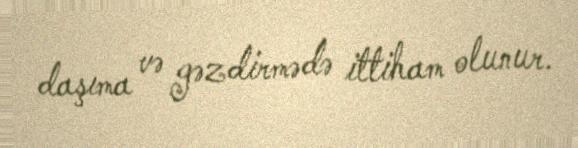
daşıma və gəzdirmədə ittiham olunur.